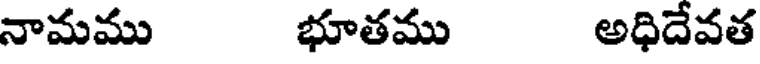
నామము భూతము అధిదేవత